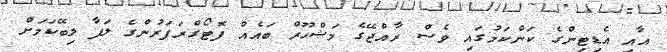
އާއި އެޑިޓިންގެ ކަންކަމުގައި ވެސް ރާއްޖޭގެ މަޝްހޫރް ބައެއް ފޮޓޯގްރަފަރުންގެ ލަފާ ލިބޭކަމަށް